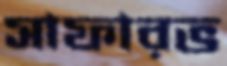
সাফারভ